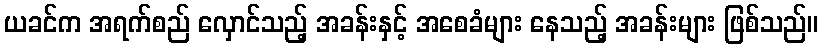
ယခင်က အရက်စည် လှောင်သည့် အခန်းနှင့် အစေခံများ နေသည့် အခန်းများ ဖြစ်သည်။